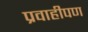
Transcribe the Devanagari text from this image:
प्रवाहीपण